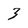
Character: 3